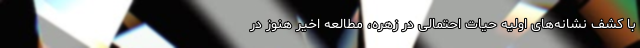
با کشف نشانه‌های اولیه حیات احتمالی در زهره، مطالعه اخیر هنوز در